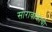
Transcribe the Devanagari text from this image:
सारावाकाची